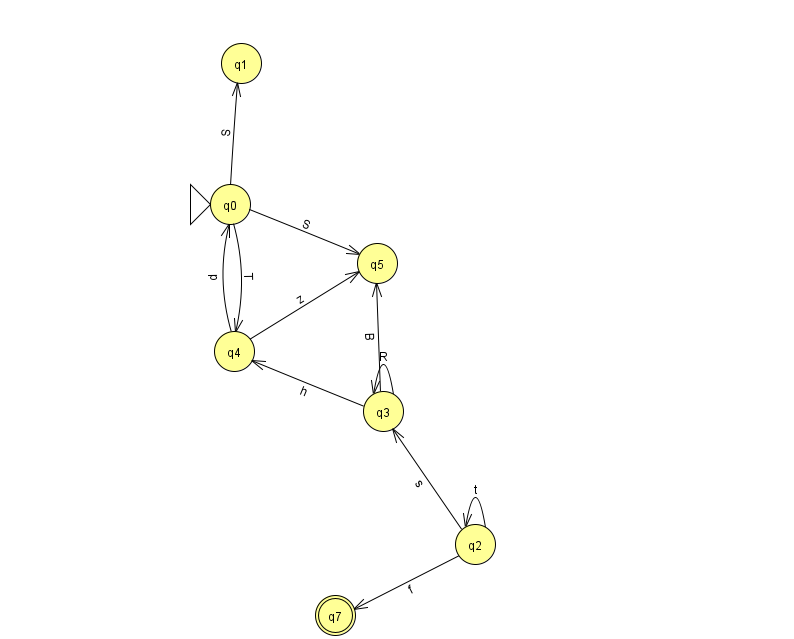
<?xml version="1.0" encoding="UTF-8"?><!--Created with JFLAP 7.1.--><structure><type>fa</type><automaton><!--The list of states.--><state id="0" name="q0"><x>230.0</x><y>191.0</y><initial/></state><state id="1" name="q1"><x>241.0</x><y>50.0</y></state><state id="2" name="q2"><x>475.0</x><y>531.0</y></state><state id="3" name="q3"><x>383.0</x><y>398.0</y></state><state id="4" name="q4"><x>234.0</x><y>338.0</y></state><state id="5" name="q5"><x>377.0</x><y>250.0</y></state><state id="7" name="q7"><x>335.0</x><y>602.0</y><final/></state><!--The list of transitions.--><transition><from>0</from><to>5</to><read>S</read></transition><transition><from>3</from><to>5</to><read>B</read></transition><transition><from>3</from><to>3</to><read>R</read></transition><transition><from>0</from><to>1</to><read>S</read></transition><transition><from>2</from><to>3</to><read>s</read></transition><transition><from>2</from><to>2</to><read>t</read></transition><transition><from>2</from><to>7</to><read>f</read></transition><transition><from>3</from><to>4</to><read>h</read></transition><transition><from>4</from><to>5</to><read>z</read></transition><transition><from>0</from><to>4</to><read>T</read></transition><transition><from>4</from><to>0</to><read>p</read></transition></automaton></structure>